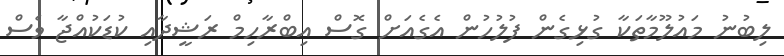
ލިބުނު މައުލޫމާތަކާ ގުޅިގެން ފުލުހުން އެގެއަށް ގޮސް އިބްރާހިމް ރަޝީދާއި ކުޑަކުއްޖާ ވެސް